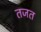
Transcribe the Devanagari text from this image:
तजत